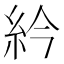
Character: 紟